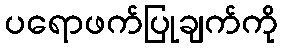
ပရောဖက်ပြုချက်ကို